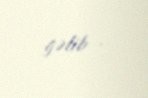
gəlib .